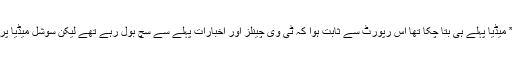
اس نے اپنی رپورٹ میں ان حقائق کی تصدیق کی جو غدار اور “لفافہ” میڈیا پہلے ہی بتا چکا تھا اس رپورٹ سے ثابت ہوا کہ ٹی وی چینلز اور اخبارات پہلے سے سچ بول رہے تھے لیکن سوشل میڈیا پر کچھ اصل “لفافے” چینی چوروں کے حق میں جھوٹ بول رہے تھے۔